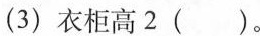
(3)衣柜高2( )。